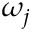
\omega _ { j }